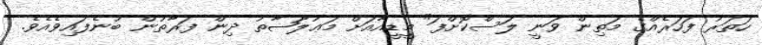
ހަތަރު ފަހަރެއްގެ މަތިން ވަނީ ލަސްކޮށްފަ" މީޑީއާއަށް މަޢުލޫޟާތު ދިން ފަރާތުން ބުނެފައިވެއެވެ.